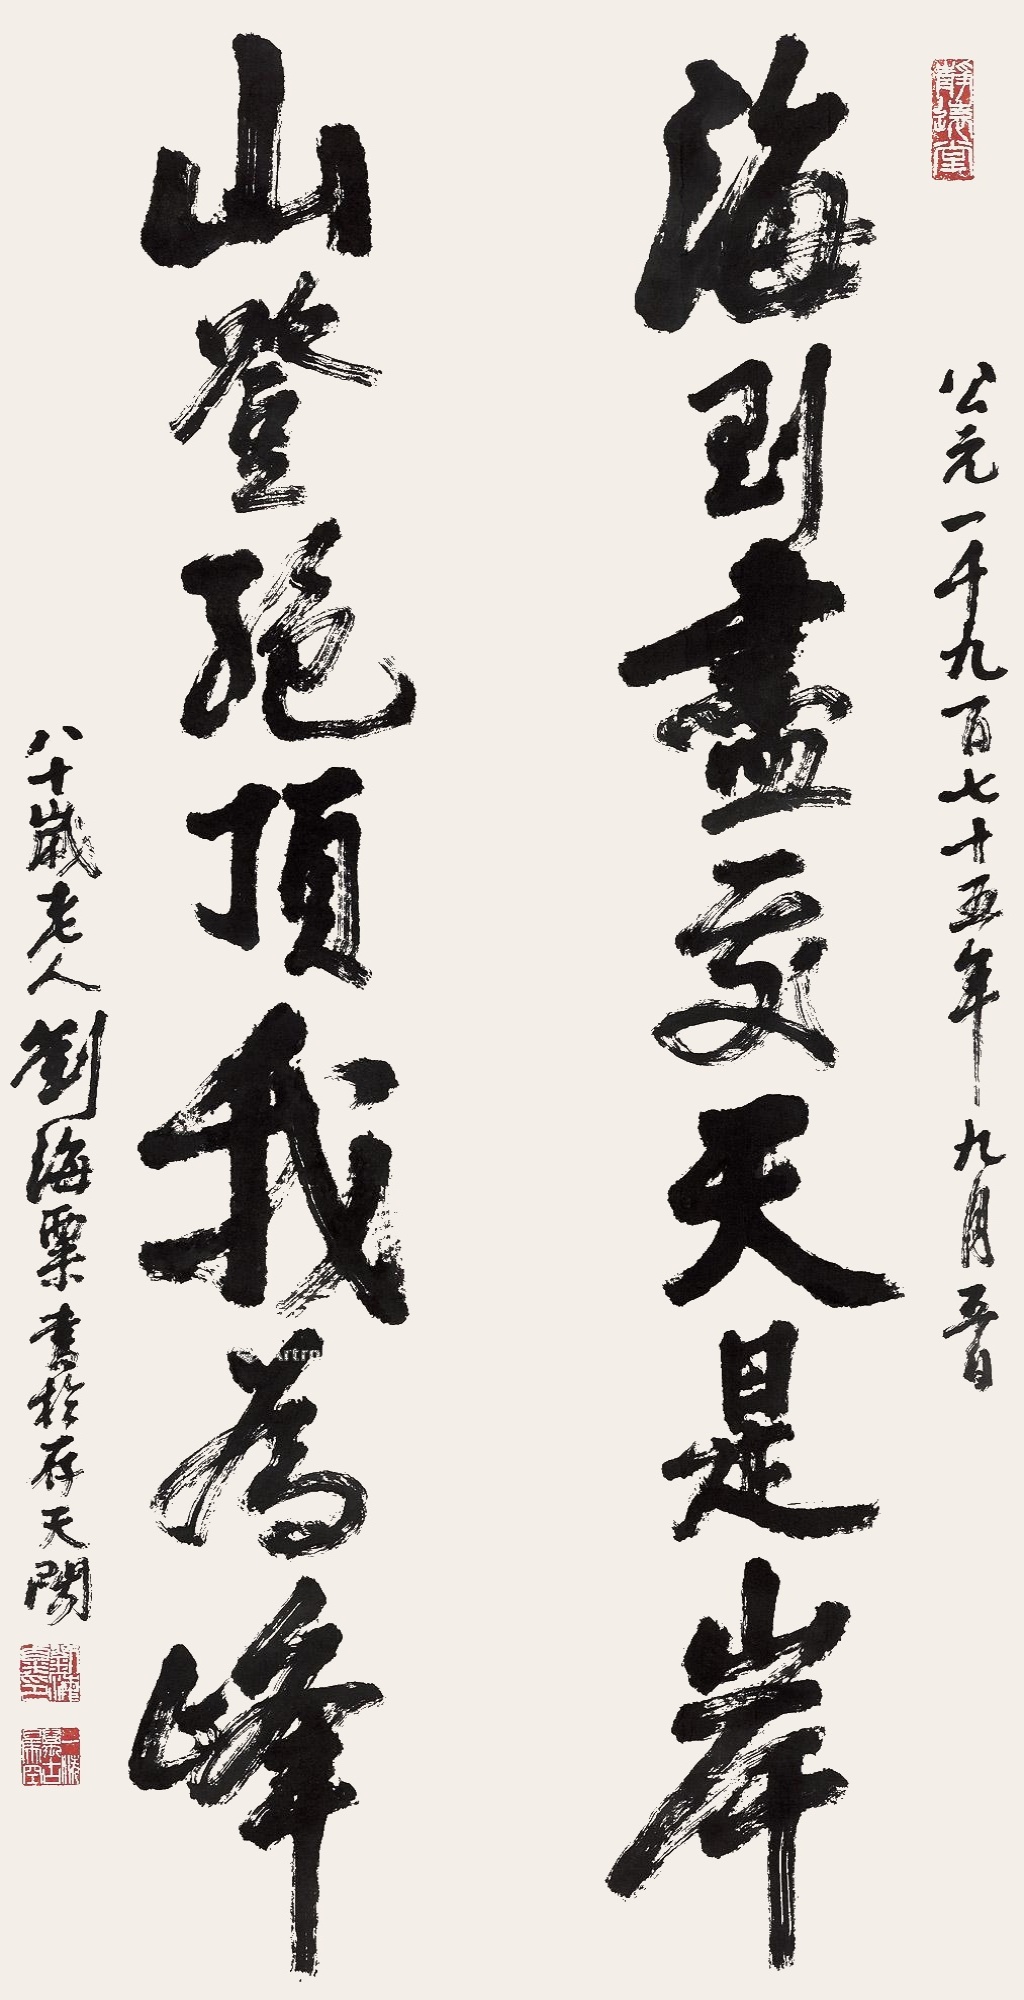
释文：海到尽处天是岸、山登绝顶我为峰公元一千九百七十五年九月五日，八十岁老人刘海粟书于存天阁。